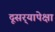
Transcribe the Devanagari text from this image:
दूसर्‍यापेक्षा